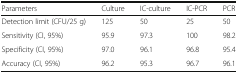
| Parameters | Culture | IC-culture | IC-PCR | PCR |
 | --- | --- | --- | --- | --- |
 | Detection limit (CFU/25 g) | 125 | 50 | 25 | 50 |
 | Sensitivity (CI, 95%) | 95.9 | 97.3 | 100 | 98.2 |
 | Specificity (CI, 95%) | 97.0 | 96.1 | 96.8 | 95.4 |
 | Accuracy (CI, 95%) | 96.2 | 95.3 | 96.7 | 96.1 |